Leaving Certificate Examination, 1920
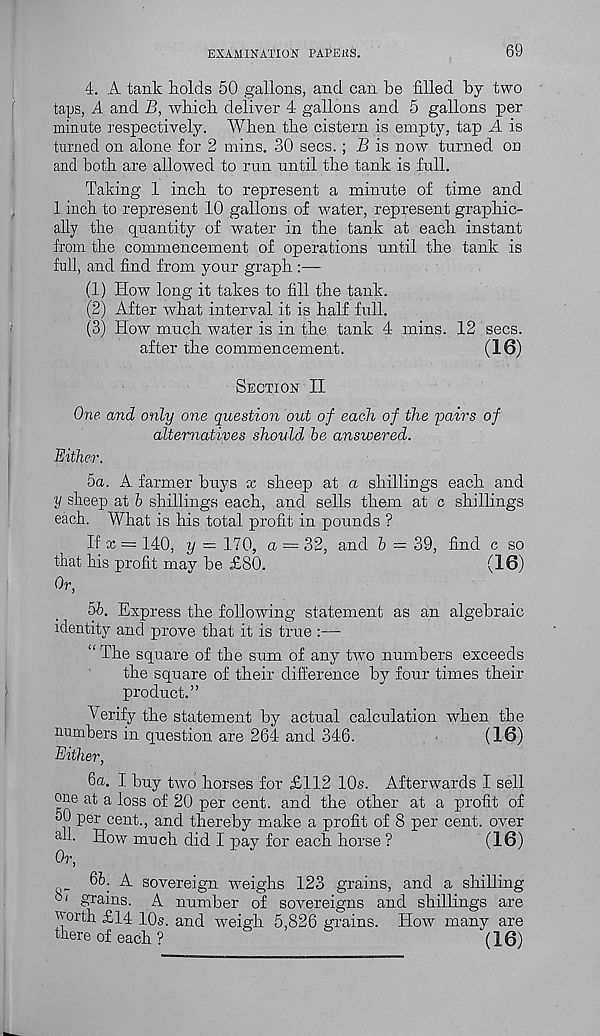
EXAMINATION PAPEKS.
69
4. A tank holds 50 gallons, and can be filled by two
taps, A and B, wbicb deliver 4- gallons and 5 gallons per
minute respectively. When tbe cistern is empty, tap A is
turned on alone for 2 mins. 30 secs.; B is now turned on
and both are allowed to run until tbe tank is full.
Taking 1 inch to represent a minute of time and
1 inch to represent 10 gallons of water, represent graphic-
ally the quantity of water in the tank at each instant
from the commencement of operations until the tank is
full, and find from your graph :—
(1) How long it takes to fill the tank.
(2) After what interval it is half full.
(3) How much water is in the tank 4 mins. 12 secs.
after the commencement.
(16)
Section II
One and only one question out of each of the pairs of
alternatives should be answered.
Either.
5a. A farmer buys x sheep at a shillings each and
y sheep at b shillings each, and sells them at c shillings
each. What is his total profit in pounds ?
If x = 140, y — 170, a = 32, and b = 39, find c so
that his profit may be £80.
(16)
Or,
5b. Express the following statement as an algebraic
identity and prove that it is true :—
“ The square of the sum of any two numbers exceeds
the square of their difference by four times their
product.”
Verify the statement by actual calculation when the
numbers in question are 264 and 346.
(16)
Either,
6a. I buy two horses for £112 10s. Afterwards I sell
one at a loss of 20 per cent, and the other at a profit of
50 per cent., and thereby make a profit of 8 per cent, over
a 1- How much did I pay for each horse ?
(16)
Or,
66 ; A sovereign weighs 123 grains, and a shilling
m grains. A number of sovereigns and shillings are
north £14 10s. and weigh 5,826 grains. How many are
there of each ?
(16)